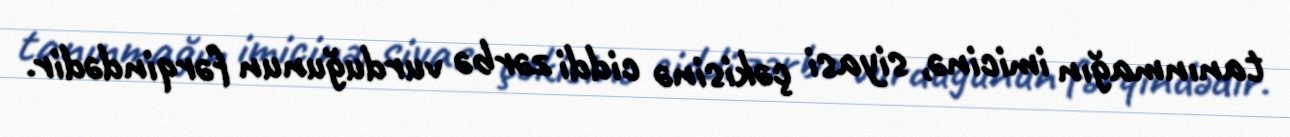
tanınmağın imicinə, siyasi çəkisinə ciddi zərbə vurduğunun fərqindədir.